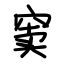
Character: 窦